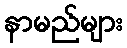
နာမည်များ